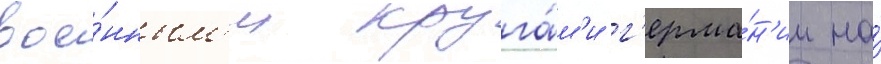
вое́нным'и круга́м'и г'ерма́н'ии на́